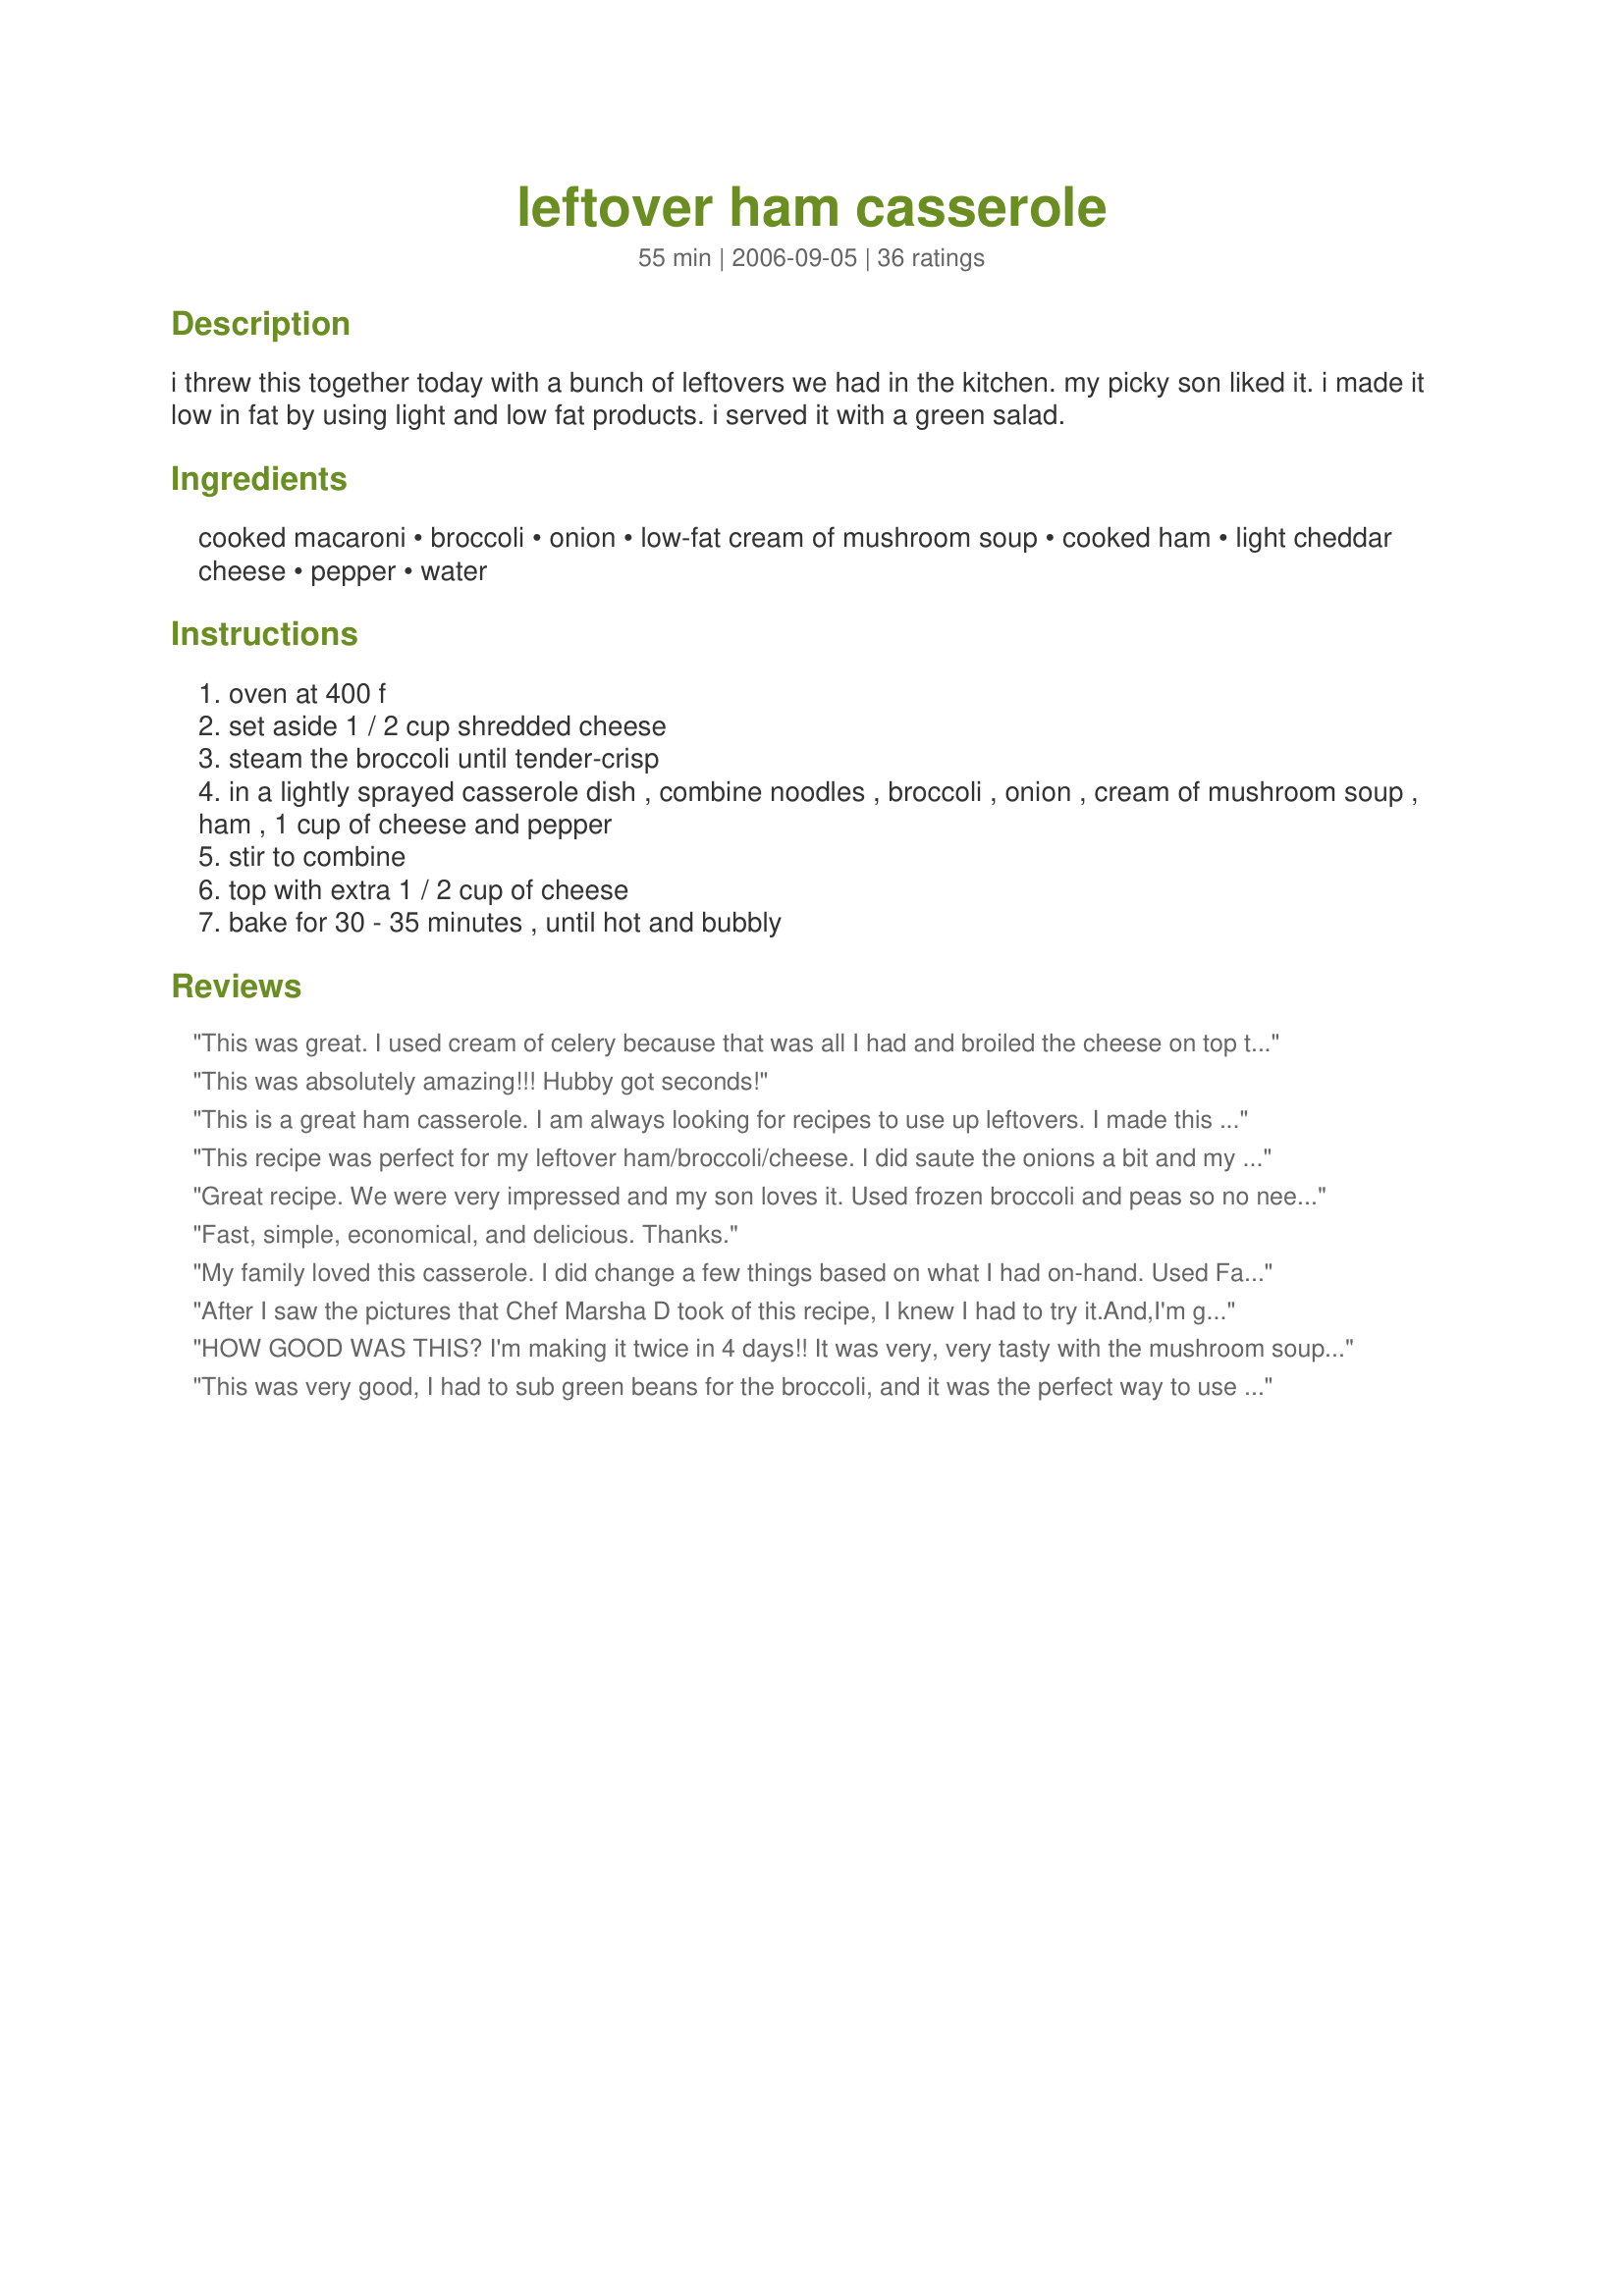
leftover ham casserole
Preparation time: 55 minutes

i threw this together today with a bunch of leftovers we had in the kitchen. my picky son liked it. i made it low in fat by using light and low fat products. i served it with a green salad.

Ingredients:
cooked macaroni, broccoli, onion, low-fat cream of mushroom soup, cooked ham, light cheddar cheese, pepper, water

Steps:
oven at 400 f
set aside 1 / 2 cup shredded cheese
steam the broccoli until tender-crisp
in a lightly sprayed casserole dish , combine noodles , broccoli , onion , cream of mushroom soup , ham , 1 cup of cheese and pepper
stir to combine
top with extra 1 / 2 cup of cheese
bake for 30 - 35 minutes , until hot and bubbly

Reviews:
This was great. I used cream of celery because that was all I had and broiled the cheese on top to get it extra crispy the way I like it. It's just too bad I don't have leftover ham more often.
**UPDATE**
I've made this as many times as I've had leftover ham and have made it slightly differently every time and it's always been awesome. I've used sliced american cheese slices when I didn't have enough shredded cheese and I've used shredded "cheese product" from holiday gift baskets in a pinch. I think it actually turned out better since it melts so well. I have to make a double batch so we have enough for leftovers and there's only 2 of us.
This was absolutely amazing!!! Hubby got seconds!
This is a great ham casserole. I am always looking for recipes to use up leftovers. I made this recipe exactly as stated, and it came out delicious. Thanks!
This recipe was perfect for my leftover ham/broccoli/cheese. I did saute the onions a bit and my cheese was cubed. Delicious. :)
Great recipe. We were very impressed and my son loves it. Used frozen broccoli and peas so no need to steam.
Fast, simple, economical, and delicious. Thanks.
My family loved this casserole. I did change a few things based on what I had on-hand. Used Farfalle pasta, added 1/2 sour cream and 1/2 milk, tsp of thyme, 1/2 tsp red pepper flakes and a little hot sauce and cooked the onions before I added to the soup. The delicate texture of the Farfalle was nice with the firmness of the ham. Note that my family likes spicy. Topped with Fontina and cheddar mix. About 10 minutes before it was done I topped the cheese with a mixture of toasted panko, parm cheese, parsley and butter. Let it brown and get crunchy and they loved the texture and taste of the dish. Served with a salad, pickled beets, soft rolls and a chilled California Riesling. The salty ham paired well with the sweet Riesling. Husband said &quot;I WANT THIS AGAIN AND AGAIN&quot;.
After I saw the pictures that Chef Marsha D took of this recipe, I knew I had to try it.And,I'm glad I did :).I had to use full fat products since that's all I had,and used a cream chicken and herbs soup( I don't really care for cream of mushroom).I wasn't sure when or where to add the water, so I added it when mixing the rest of the casserole ingredients.Instead of sprinkling the pepper on the top,I added it to the mix. Sprinkled a little more cheese over the top before baking.Baked it for about 35 minutes,since I like my casseroles with a golden brown crunchy topping.I served this casserole with <a href="/38525">Cracker Barrel Baby Carrots</a> which made a great side dish for this recipe.This will be made again,thank you for posting.
HOW GOOD WAS THIS? I'm making it twice in 4 days!! It was very, very tasty with the mushroom soup. I used a 2 qt. round Pyrex bowl and it had plenty of room for the ingredients and was perfect for 2 people. I also added splashes of hot sauce for our taste. The 2nd time I'm making it with cauliflower since I ran out of broccoli. I'm sure it'll work just as good. Thanks for a wonderful recipe that I'll make over and over.
This was very good, I had to sub green beans for the broccoli, and it was the perfect way to use up my left over ham from Easter. Thanks!!
This was quick, easy and delicious. Great way to use that leftover ham with ingredients I had on hand. Will definitely make again. Thanks!
I haven't made this yet, but was reading through the recipe and don't see anywhere in the directions where to use the 1/8 to 1/4 cup of water… Is that for steaming the broccoli or to be added in with all the ingredients?
Delicious way to use up the leftover Christmas ham and veggie tray! My 11 year old couldn't get enough of it. 

The only changes I made were milk instead of water, and four chopped green onions instead of one regular onion.

I wasn't sure about the macaroni quantity, so I measured 1-1/2 cups dry macaroni, then I cooked it. It turned out perfect.

Enjoy!
Dilemmo
This was delicious! I didn&#039;t have quite enough ham so I added extra broccoli, the noodle measurement seemed off to be so I used 2 cups uncooked. I will for sure make this again! No more throwing out left over ham!
This is a great way to use some of that left over ham. Only thing I did different was sprinkle a small amount of panko bread crumbs on top. Great recipe!
My husband really enjoyed this. I made a few tweaks to enhance the flavours but overall very good.
This was really good. I love baked ham but always have too much left over. I'll never wonder how to use it again. My husband said it was "really tasty". That's high praise from him. I did use cream of celery and "full fat" everything because it was what I had but it was still great. We will be enjoying this again.
Wonderful recipe! The combination of ingredients was delicious and I made it exactly as directed. Very very good. My husband and I almost ate the whole thing!
I made this last night and it was very good!
So good. Great way to use up that leftover ham from Thanksgiving.
This was... not great. Too watery, not enough flavor. I ended up adding cooked red potatoes, garlic powder, more cheese and broiled it again and now it is better but still not great. :/
Very good. Even picky hubby enjoyed this. I used stir fry mixed veggies instead of broccoli. Will definitely make again.
Man! Oh Man!! this was delicious! I made only one change to this recipe and that was replacing store brought can mushroom soup with homemade cream of mushroom soup (<a href="/44746">Cream Of Mushroom Soup</a>). It was really easy to put together and was done in less than 30 minutes too (thats not including time to steam the broccoli which took 10 minutes tops). Thanks for sharing this delicious casserole! We loved it!
Very tasty. Maybe a little too much onion.
OK I want to make something nice for my girl but don't know a great deal about cooking...Do I cook the macaroni before I add it or out of the box? Also do I leave it uncovered?
This is a tasty way to use up leftover ham. Had all the ingredients on hand to make this quick and satisfying dish. I did use a combination of Velveeta and cheddar cheeses which worked out well. The only addition I made was a few drops of hot sauce to give it a little spark.
Anything I go back for seconds on automatically gets 5 stars. I used full fat soup and cheese. I mixed all of the cheese into the casserole (nothing on top). I cooked the onions in butter first. I'm surprised there are not more 5 star ratings on this one.
This was really tasty! My son doesn't normally like ham, but this was perfect for that leftover New Year's ham. Followed recipe/side salad and used other reviewers' suggestions and it turned out great! My son had 2 helpings! Trick was to cube ham into really small pieces and keep it creamy with soup and water.
This was a really good casserole. The broccoli and cream soup went excellent together. Very simple to make. Thanks for posting this tasty recipe.
Simple and quick using ingredients I had on hand. Tasted good and very little clean up afterwards.
My husband & kids all loved this! I substituted the broccolie with california blend frozen veggies and it was quite tasty. The only thing I'd change would be to saute the onions a bit first.
Very good...although this certainly wouldn't be a company dish! I did add Tabasco sauce to the mixture to kick it up a bit! ?? Do not overcook the macaroni or the broccoli! I suspect this dish will taste even better the next day!
This was a great recipe. I made a few substitutions: penne pasta instead for macaroni, green beans and corn for broccoli. Then I topped the casserole with bread crumbs for an au gratin dish. Even my very picky husband enjoyed it.
Great recipe. I made a few changes since I needed to make it for 8. I only used 2 cups broccoli (instead of 4 - kids don't like broccoli so not easy to disguise), 2 cups cheese (instead of 3), omitted the water and used organic 2% milk (added whole wheat flour later and cooked an additional 10 min. to thicken sauce) instead of the 2 cans low-fat cream of mushroom soup. Also used whole wheat macaroni. Everyone liked it so will definitely make it again.
Had been looking for a long time for a recipe to use up leftover ham. This really turned out nice. I chopped up fresh broccoli pretty small so it would cook in the casserole. I used a powdered cheese packet from a macaroni & cheese dinner (I use these often for "other" recipes) as well as the pasta. I also included some finely chopped celery. I added half soup can of milk and a dollop of butter. I didn't put the shredded cheese in. We really enjoyed it. Good comfort food. Will make again. Thank you.
EASY EASY EASY! This was as easy as 1, 2, 3. Could not have asked for an easier recipe. It tasted good and I think the vegetables could be very versatile. Next time will probably add some steamed carrots and cauliflower. My family and I had some left over ham from Easter and did not want it to go to waste, we are sure glad we found this recipe. This will be a future reference recipe for when we have left over ham. Thanks for a wonderful dish!
